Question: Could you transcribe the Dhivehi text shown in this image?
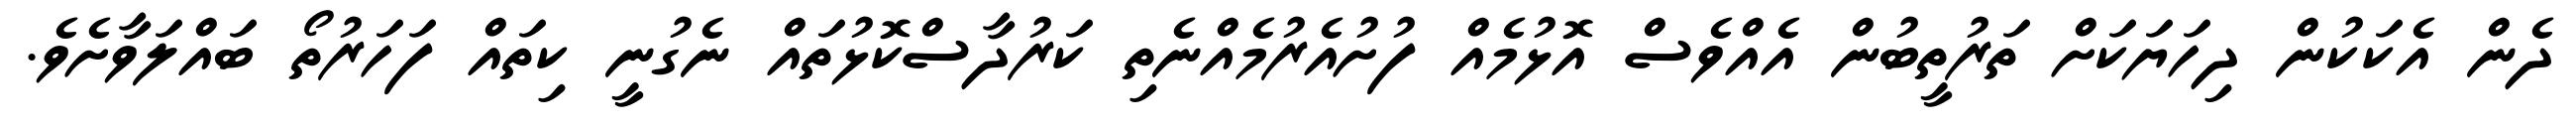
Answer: ދެން އެކަކުން ދިހަޔަކަށް ތަރުތީބުން އެއްވެސް އޮޅުމެއް ފުށުއެރުމެއްނެތި ކަރުދާސްކޮޅުތައް ނެގުނީ ކިތައް ފަހަރުތޯ ބައްލަވާށެވެ.